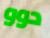
دوو